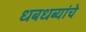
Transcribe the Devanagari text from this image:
धबधब्यांचे